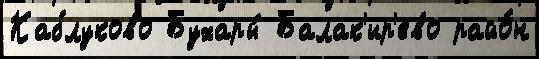
Каблуково Бухары́ Балак'ир'ево райо́н